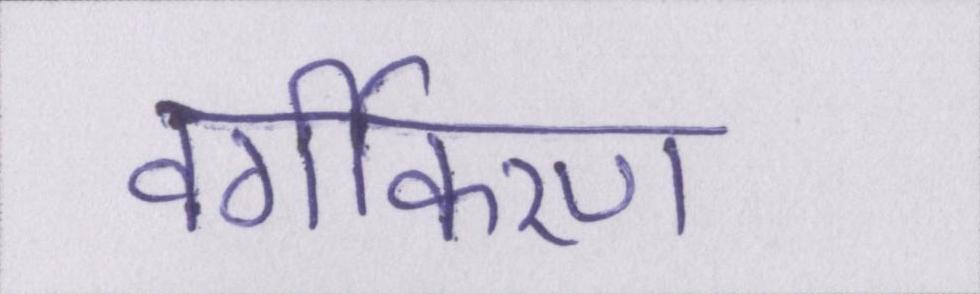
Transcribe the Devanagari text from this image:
वर्गीकरण